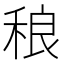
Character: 稂